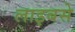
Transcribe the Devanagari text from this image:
लाइबसे